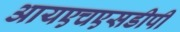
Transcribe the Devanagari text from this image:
आयएचएसडीपी